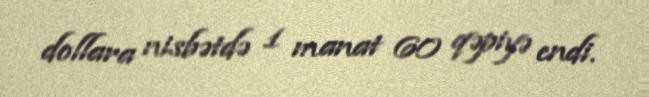
dollara nisbətdə 1 manat 60 qəpiyə endi.